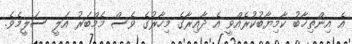
އެ އިންތިޚާބު ކާމިޔާބުކުރެއްވީ އެ ދާއިރާގެ މިހާރުގެ ވެސް މެމްބަރު އަލީ ސަލީމެވެ.